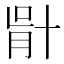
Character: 𠦣